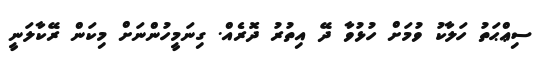
ސިޢްޙަތު ހަލާކު ވުމަށް ހުޅުވާ ދޭ އިތުރު ދޮރެއް. ގިނަމީހުންނަށް މިކަން ރޭކާލަނީ